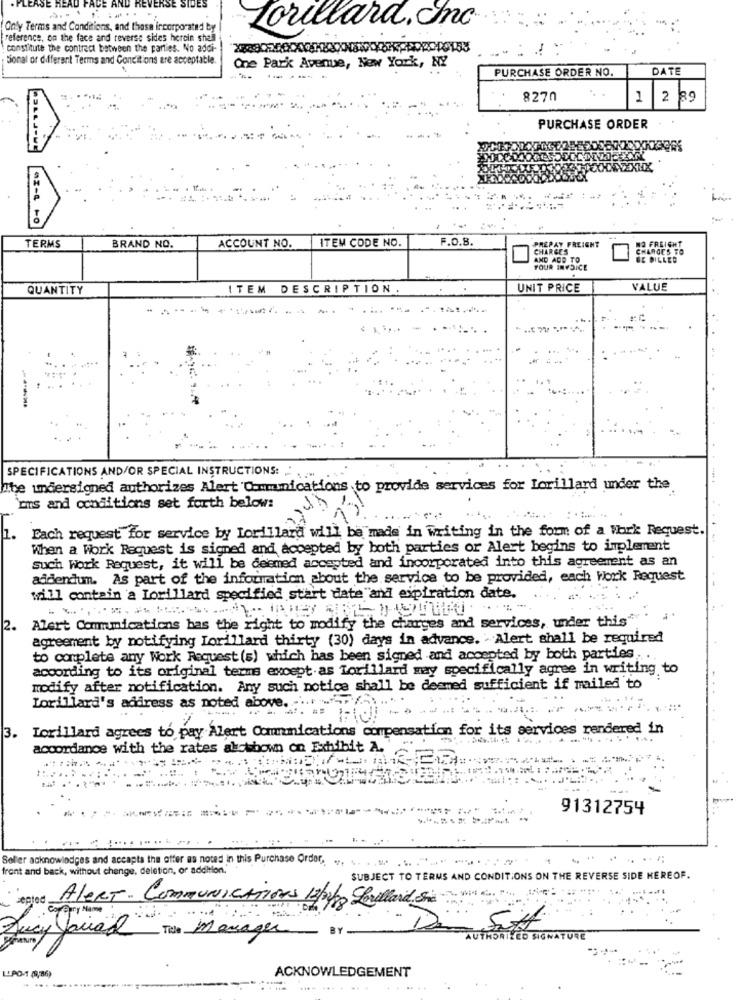
SE SIDES
Only Terms and Conditions, and those incorporated by
Lorillard. Inc.
reference, on the face and reverse sides herein shell
constitute the contract between the parties. No addi-
tional or different Terms and Conditions are acceptable.
One Park Avenue, New York, NY
PURCHASE ORDER NO.
DATE
8270
1 2 89
PURCHASE ORDER
.
TERMS
F.O.8.
PREPAY FREIGHT
NO FREIGHT
BRAND NO.
ACCOUNT NO.
ITEM CODE NO.
CHARGES
CHARGES TO
AND ADD TO
BE BILLED
YOUR INVOICE
QUANTITY
ITEM DESCRIPTION.
UNIT PRICE
VALUE
-
-----
SPECIFICATIONS AND/OR SPECIAL INSTRUCTIONS:
The undersigned authorizes Alert Communications to provide services for Lorillard under the
`ons and conditions set forth below:
Each request for service by Lorillard will be made in writing in the form of a Work Request.
1.
When a Work Request is signed and accepted by both parties or Alert begins to implement
such Work Request, it will be deemed accepted and incorporated into this agreement as an
addendum. As part of the information about the service to be provided, each Work Request
will contain a Lorillard specified start date and expiration date.
Alert Communications has the right to modify the charges and services, under this" .
2.
agreement by notifying Lorillard thirty (30) days in advance. Alert shall be required
to complete any Work Request (s) which has been signed and accepted by both parties ..
according to its original terms except as Lorillard may specifically agree in writing to
modify after notification. Any such notice shall be deemed sufficient if mailed to
Lorillard's address as noted above. -... . "
3.
Lorillard agrees to pay Alert Communications compensation for its services rendered in
accordance with the rates akcshown on Exhibit A.
---------
91312754
Soler acknowledges and accapta the offer as noted in this Purchase Order, .. .. . . ... . ... . ".
front and back, without change, deletion, or addition."
SUBJECT TO TERMS AND CONDITIONS ON THE REVERSE SIDE HEREOF.
AleRT- COMMUNICATIONS 13/3/19 Lorillard She
Luci Jaciar Tile Manager
BY
SIGNATURE
LUPO-1 (9,86)
ACKNOWLEDGEMENT